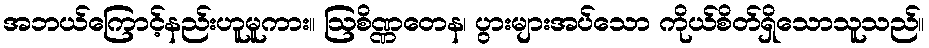
အဘယ်ကြောင့်နည်းဟူမူကား။ ဩစိဏ္ဏတေန၊ ပွားများအပ်သော ကိုယ်စိတ်ရှိသောသူသည်။